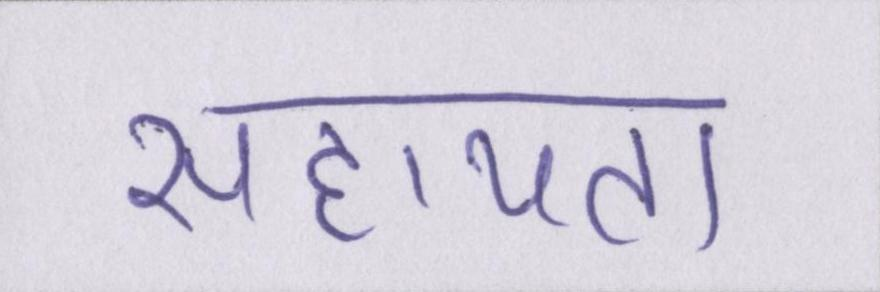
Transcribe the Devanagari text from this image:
सहायता